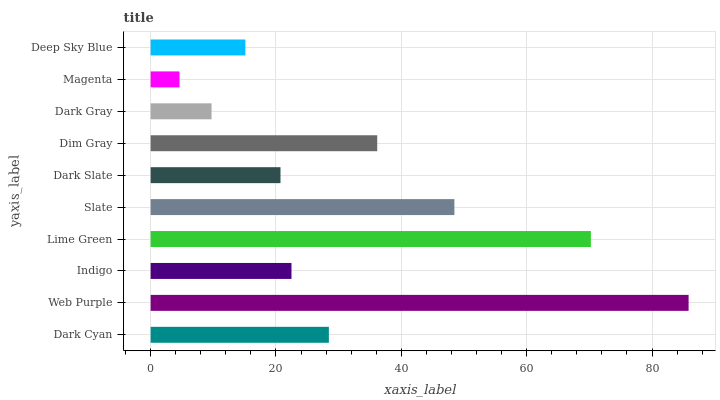
| yaxis_label | bars |
 | --- | --- |
 | Dark Cyan | 28.4 |
 | Web Purple | 85.8 |
 | Indigo | 22.5 |
 | Lime Green | 70.2 |
 | Slate | 48.5 |
 | Dark Slate | 20.7 |
 | Dim Gray | 36.2 |
 | Dark Gray | 9.72 |
 | Magenta | 4.6 |
 | Deep Sky Blue | 15.1 |